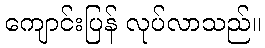
ကျောင်းပြန် လုပ်လာသည်။